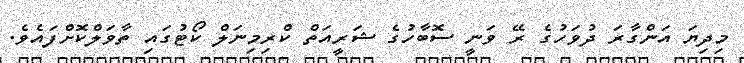
މިދިޔަ އަންގާރަ ދުވަހުގެ ރޭ ވަނީ ސޮބާހުގެ ޝަރީއަތް ކްރިމިނަލް ކޯޓުގައި ތާވަލްކޮށްފައެވެ.